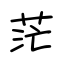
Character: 茫